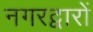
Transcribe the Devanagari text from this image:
नगरद्वारों